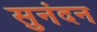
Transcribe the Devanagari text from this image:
सुनंदन